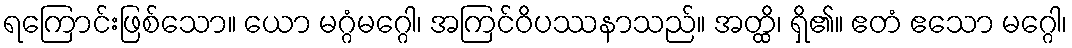
ရကြောင်းဖြစ်သော။ ယော မဂ္ဂံမဂ္ဂေါ၊ အကြင်ဝိပဿနာသည်။ အတ္ထိ၊ ရှိ၏။ ဧတံ ဧသော မဂ္ဂေါ၊